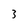
Character: 3